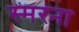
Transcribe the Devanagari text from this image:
स्मरना